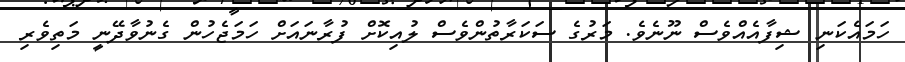
ހަމައެކަނި ޝިފާއެއްވެސް ނޫނެވެ. މަރުގެ ސަކަރާތުންވެސް ލުއިކޮށް ފުރާނައަށް ހަމަޖެހުން ގެނުވާދޭނީ މަތިވެރި